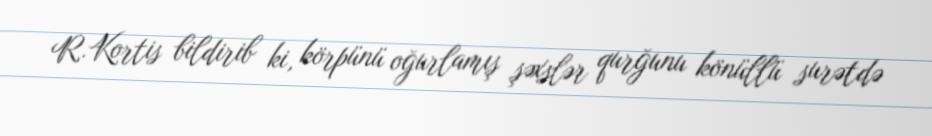
R.Kortis bildirib ki, körpünü oğurlamış şəxslər qurğunu könüllü surətdə